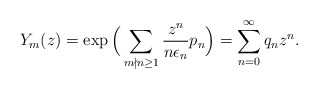
\begin{align*}Y_m(z)=\exp\Big(\sum_{m\nmid n\geq1}\frac{z^n}{n\epsilon_n}p_n\Big)=\sum_{n=0}^{\infty} q_{n} z^n.\end{align*}